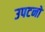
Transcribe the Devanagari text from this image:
उपटनों